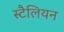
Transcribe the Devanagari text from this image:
स्टैलियन